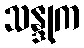
သန္ဒုက